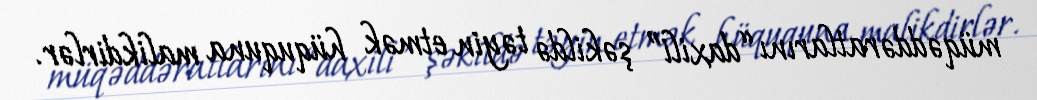
müqəddəratlarını “daxili” şəkildə təyin etmək hüququna malikdirlər.